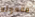
مفعوله